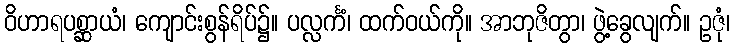
ဝိဟာရပစ္ဆာယံ၊ ကျောင်းစွန်ရိပ်၌။ ပလ္လင်္ကံ၊ ထက်ဝယ်ကို။ အာဘုဇိတွာ၊ ဖွဲ့ခွေလျက်။ ဥဇုံ၊